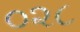
૦૨૮